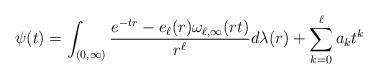
LaTeX: \begin{align*} \psi(t)= \int_{(0,\infty)} \frac{e^{-tr} - e_{\ell}(r)\omega_{\ell,\infty}(rt)}{r^{\ell}} d\lambda(r) + \sum_{k=0}^{\ell}a_{k}t^{k}\end{align*}